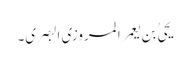
یحیٰ بن یعمر المروزی البصری۔